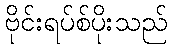
ဗိုင်းရပ်စ်ပိုးသည်